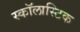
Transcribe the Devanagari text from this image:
स्कॉलास्टिक